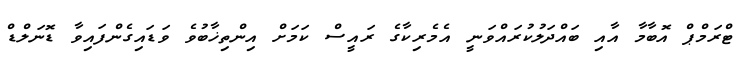
ޓްރަމްޕް އޮބާމާ އާއި ބައްދަލުކުރައްވަނީ އެމެރިކާގެ ރައީސް ކަމަށް އިންތިޚާބުވެ ވަޑައިގެންފައިވާ ޑޮނަލްޑް